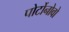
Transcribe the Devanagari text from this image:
पोर्टोनोवो